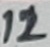
Text: 12